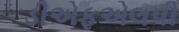
ડીએફએલપી